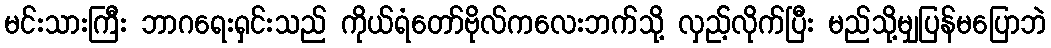
မင်းသားကြီး ဘာဂရေးရှင်းသည် ကိုယ်ရံတော်ဗိုလ်ကလေးဘက်သို့ လှည့်လိုက်ပြီး မည်သို့မျှပြန်မပြောဘဲ